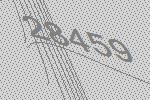
28459